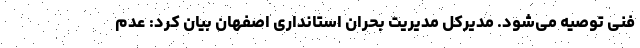
فنی توصیه می‌شود. مدیرکل مدیریت بحران استانداری اصفهان بیان کرد: عدم